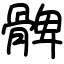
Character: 髀